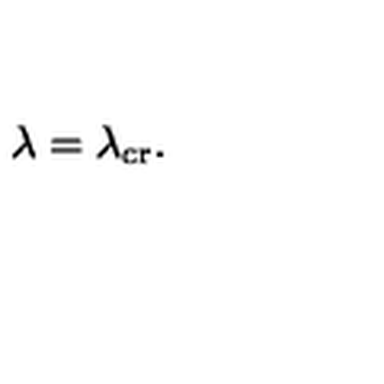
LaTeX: \lambda = \lambda _ { \mathrm { c r } } .